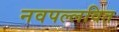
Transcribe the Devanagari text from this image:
नवपल्लवित